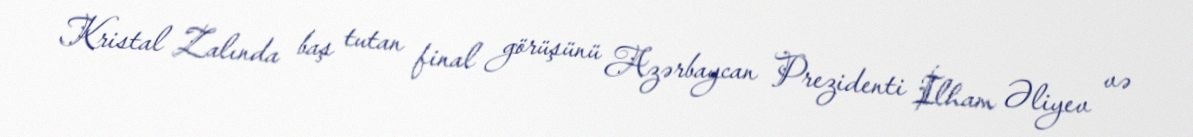
Kristal Zalında baş tutan final görüşünü Azərbaycan Prezidenti İlham Əliyev və